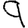
Digit: 9